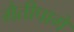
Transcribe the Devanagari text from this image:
मैतीपागे